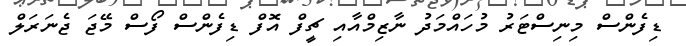
ޑިފެންސް މިނިސްޓަރު މުހައްމަދު ނާޒިމްއާއި ޗީފް އޮފް ޑިފެންސް ފޯސް މޭޖަ ޖެނަރަލް